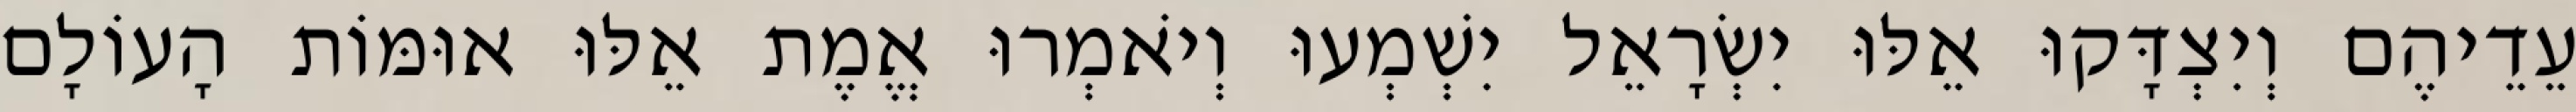
עֵדֵיהֶם וְיִצְדָּקוּ אֵלּוּ יִשְׂרָאֵל יִשְׁמְעוּ וְיֹאמְרוּ אֱמֶת אֵלּוּ אוּמּוֹת הָעוֹלָם